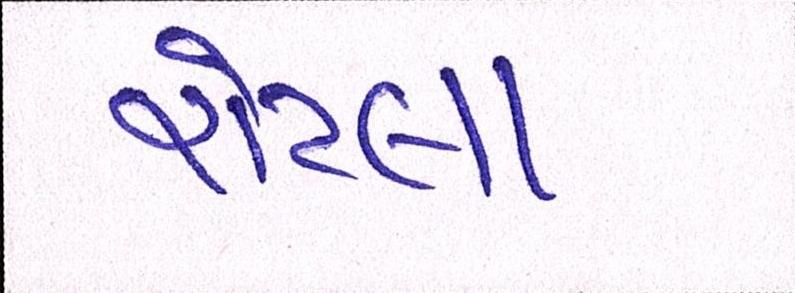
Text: રોટલા